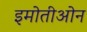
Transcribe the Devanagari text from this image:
इमोतीओन